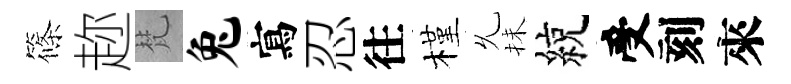
篠趂梵兔寫忍往槿𠃔抺綂受刻來